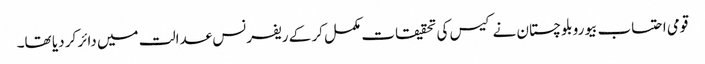
قومی احتساب بیورو بلوچستان نے کیس کی تحقیقات مکمل کر کے ریفرنس عدالت میں دائر کر دیا تھا۔